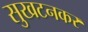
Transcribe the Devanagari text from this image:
सुखटनकर